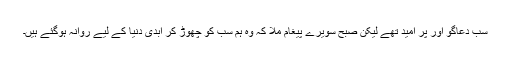
سب دعاگو اور پر امید تھے لیکن صبح سویرے پیغام ملا کہ وہ ہم سب کو چھوڑ کر ابدی دنیا کے لیے روانہ ہوگئے ہیں۔